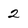
Character: 2